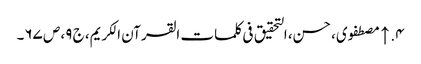
۴. ↑ مصطفوی، حسن، التحقیق فی کلمات القرآن الکریم، ج ۹، ص ۶۷۔